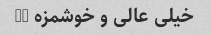
خیلی عالی و خوشمزه (=